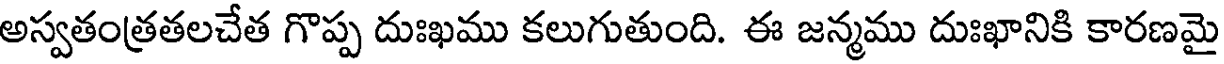
అస్వతంత్రతలచేత గొప్ప దుఃఖము కలుగుతుంది. ఈ జన్మము దుఃఖానికి కారణమై